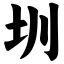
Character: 圳